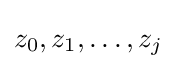
z_{0},z_{1},\dots ,z_{j}